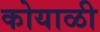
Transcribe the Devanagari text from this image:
कोयाळी